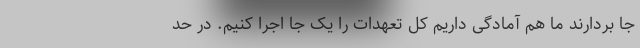
جا بردارند ما هم آمادگی داریم کل تعهدات را یک جا اجرا کنیم. در حد